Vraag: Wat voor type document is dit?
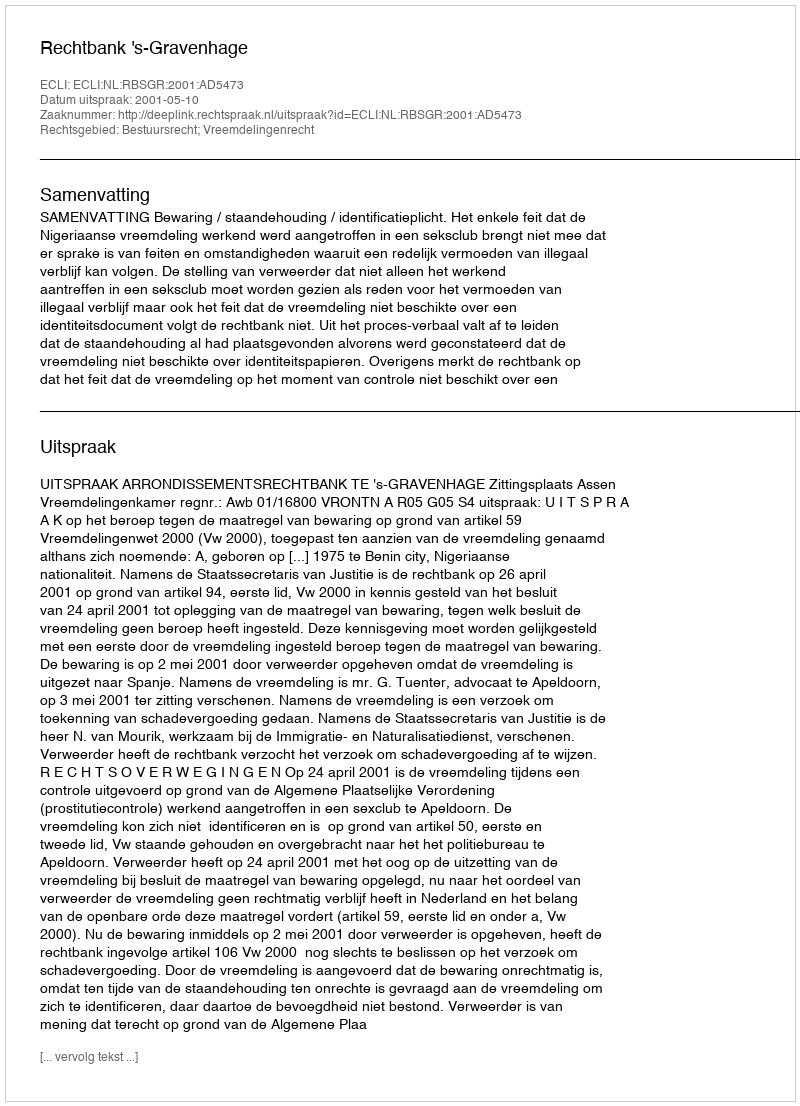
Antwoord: Uitspraak